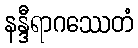
နန္ဒီရာဂဿေတံ